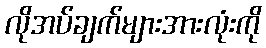
လိုအပ်ချက်များအားလုံးကို